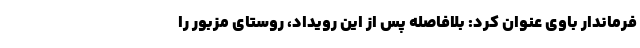
فرماندار باوی عنوان کرد: بلافاصله پس از این رویداد، روستای مزبور را